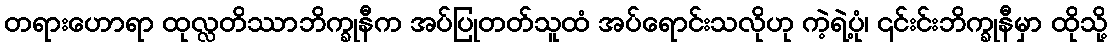
တရားဟောရာ ထုလ္လတိဿာဘိက္ခုနီက အပ်ပြုတတ်သူထံ အပ်ရောင်းသလိုဟု ကဲ့ရဲ့ပုံ၊ ၎င်းင်းဘိက္ခုနီမှာ ထိုသို့